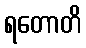
ရတောတိ